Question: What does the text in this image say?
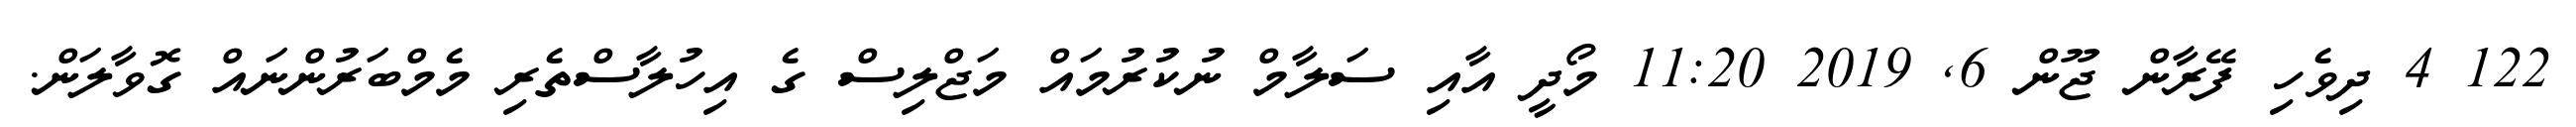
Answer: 122 4 ދިވެހި ފޭރާން ޖޫން 6, 2019 11:20 މޯދީ އާއި ސަލާމް ނުކުރުމައް މަޖްލިސް ގެ އިހުލާސްތެރި މެމްބަރުންނައް ގޮވާލަން.